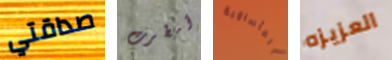
صداقتي أمطرت المأساوية العزيزه